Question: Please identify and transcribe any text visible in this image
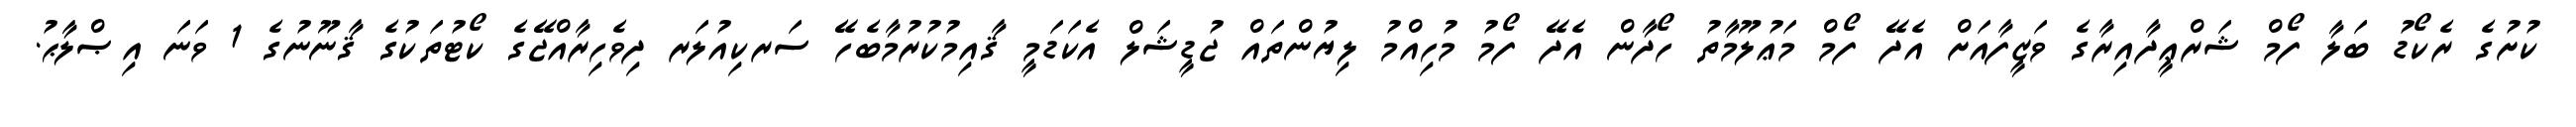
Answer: ކުށުގެ ރެކޯޑު ބަލާ ފޯމް ޝަރްޢީދާއިރާގެ ވަޒީފާއަށް އެދޭ ފޯމް މަޢުލޫމާތު ހޯދާން އެދޭ ފޯމު މުހިއްމު ލިޔުންތައް ޖުޑީޝަލް އެކަޑަމީ ޤާއިމުކުރުމާބެހޭ ސަރކިއުލަރ ދިވެހިރާއްޖޭގެ ކޯޓުތަކުގެ ޤާނޫނުގެ 1 ވަނަ އިޞްލާޙު.